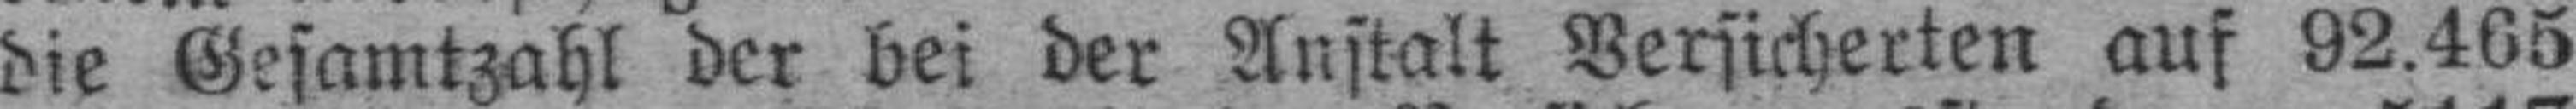
die Gesamtzahl der bei der Anstalt Versicherten auf 92.465